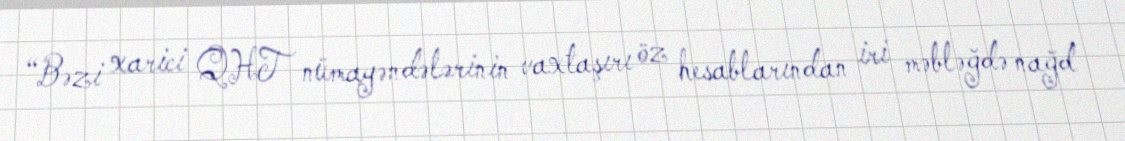
“Bəzi xarici QHT nümayəndələrinin vaxtaşırı öz hesablarından iri məbləğdə nağd